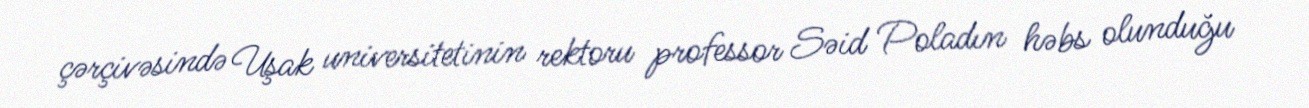
çərçivəsində Uşak universitetinin rektoru professor Səid Poladın həbs olunduğu